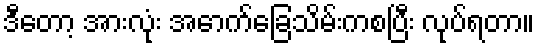
ဒီတော့ အားလုံး အောက်ခြေသိမ်းကစပြီး လုပ်ရတာ။